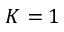
K = 1